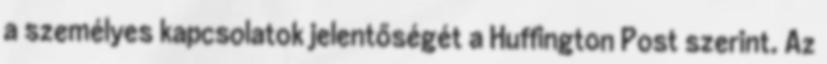
a személyes kapcsolatok jelentőségét a Huffington Post szerint. Az